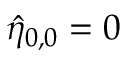
\hat { \eta } _ { 0 , 0 } = 0